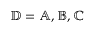
\mathbb { D } = \mathbb { A } , \mathbb { B } , \mathbb { C }